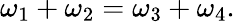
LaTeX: \omega_{1}+\omega_{2}=\omega_{3}+\omega_{4}.